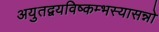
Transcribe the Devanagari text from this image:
अयुतद्वयविष्कम्भस्यासन्नो